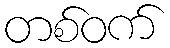
တစ်ဝက်